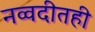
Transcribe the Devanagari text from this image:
नव्वदीतही